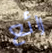
رائع